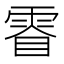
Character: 𮦓